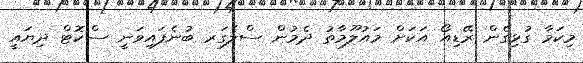
މިކަމާ ގުޅިގެން ރޭޑިއޯ އަކަށް މައުލޫމާތު ދެމުން ސްލެގަރ ބުނެފައިވަނީ ސްކޮޓް ދިޔައީ